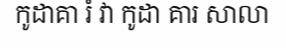
កូដាគា រំ វា កូដា គារ សាលា